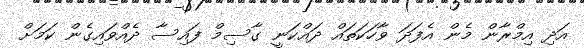
އަދި އިމްރާން މެން އެފަދަ ވާހަކަތައް ދައްކަނީ ގާސިމް ފައިސާ ދެއްވައިގެން ކަމަށް